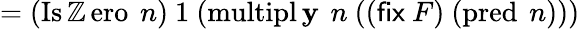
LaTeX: =(\operatorname{Is\mathbb{Z}ero}\ n)\ 1\ (\operatorname{multipl\mathbf{y}}\ n\ (({\textsf{{fix}}}\ F)\ (\operatorname{pred}\ n)))